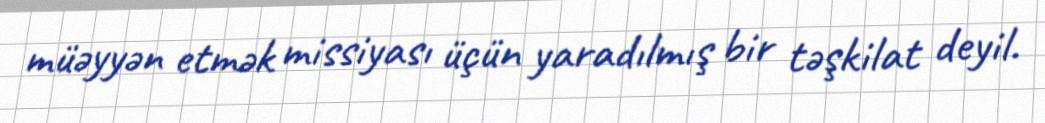
müəyyən etmək missiyası üçün yaradılmış bir təşkilat deyil.